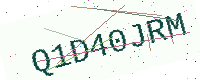
Text: Q1D40JRM